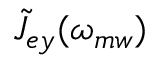
\tilde { J } _ { e y } ( \omega _ { m w } )